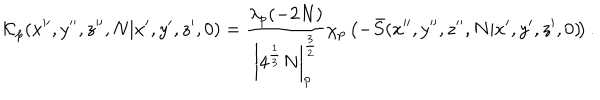
LaTeX: \! { \cal K } _ { p } ( x ^ { \prime \prime } , y ^ { \prime \prime } , z ^ { \prime \prime } , N | x ^ { \prime } , y ^ { \prime } , z ^ { \prime } , 0 ) = \frac { \lambda _ { p } ( - 2 N ) } { \left| 4 ^ { \frac 1 3 } N \right| _ { p } ^ { \frac 3 2 } } \chi _ { p } \left( - \bar { S } ( x ^ { \prime \prime } , y ^ { \prime \prime } , z ^ { \prime \prime } , N | x ^ { \prime } , y ^ { \prime } , z ^ { \prime } , 0 ) \! \right) .